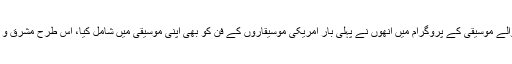
گزشتہ برس جارج میسن یونیورسٹی میں منعقد ہونے والے موسیقی کے پروگرام میں انھوں نے پہلی بار امریکی موسیقاروں کے فن کو بھی اپنی موسیقی میں شامل کیا، اس طرح مشرق و مغرب کے امتزاج سے ایک دلنشین موسیقی تخلیق کی۔